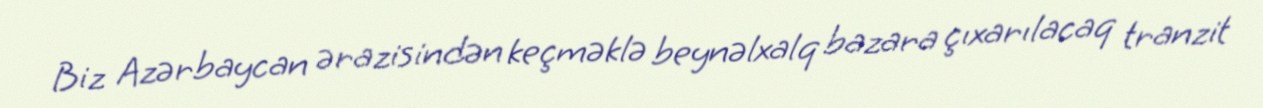
Biz Azərbaycan ərazisindən keçməklə beynəlxalq bazara çıxarılacaq tranzit